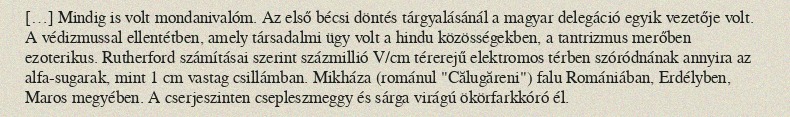
[…] Mindig is volt mondanivalóm. Az első bécsi döntés tárgyalásánál a magyar delegáció egyik vezetője volt. A védizmussal ellentétben, amely társadalmi ügy volt a hindu közösségekben, a tantrizmus merőben ezoterikus. Rutherford számításai szerint százmillió V/cm térerejű elektromos térben szóródnának annyira az alfa-sugarak, mint 1 cm vastag csillámban. Mikháza (románul "Călugăreni") falu Romániában, Erdélyben, Maros megyében. A cserjeszinten csepleszmeggy és sárga virágú ökörfarkkóró él.